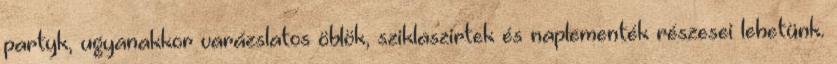
partyk, ugyanakkor varázslatos öblök, sziklaszirtek és naplementék részesei lehetünk.